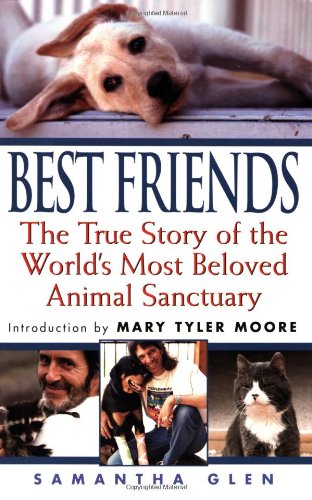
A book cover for Best Friends: The True Story of the World's Most Beloved Animal Sanctuary; Samantha Glen; Science & Math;